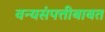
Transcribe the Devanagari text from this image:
वन्यसंपत्तीबाबत